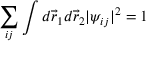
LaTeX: \sum _ { i j } \int d { \vec { r } } _ { 1 } d { \vec { r } } _ { 2 } | \psi _ { i j } | ^ { 2 } = 1